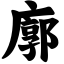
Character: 廓